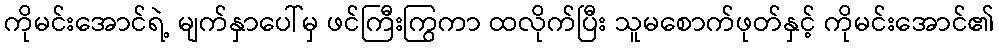
ကိုမင်းအောင်ရဲ့ မျက်နှာပေါ်မှ ဖင်ကြီးကြွကာ ထလိုက်ပြီး သူမစောက်ဖုတ်နှင့် ကိုမင်းအောင်၏